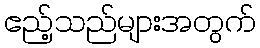
ဧည့်သည်များအတွက်